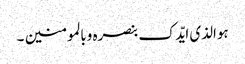
ہوالذی ایّدک بنصرہ وبالمومنین ۔